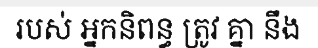
របស់ អ្នកនិពន្ធ ត្រូវ គ្នា នឹង